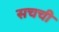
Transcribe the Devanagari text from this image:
सचची